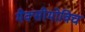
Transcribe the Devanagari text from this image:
मैक्सीमोविच